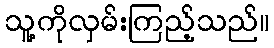
သူ့ကိုလှမ်းကြည့်သည်။